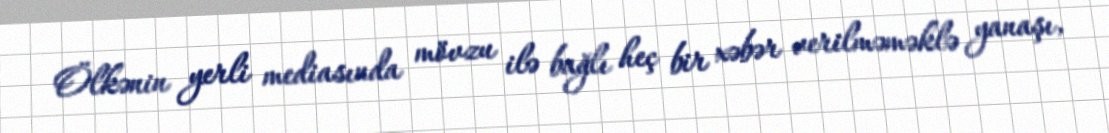
Ölkənin yerli mediasında mövzu ilə bağlı heç bir xəbər verilməməklə yanaşı,